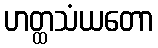
ဟတ္ထသံယတော